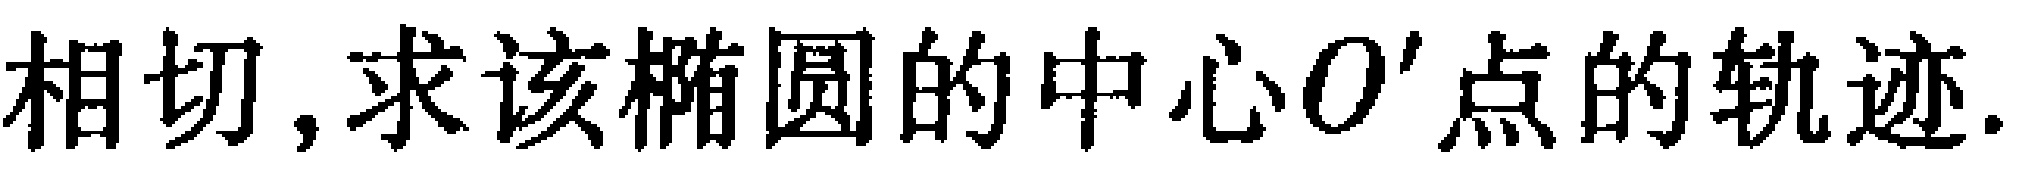
相切,求该椭圆的中心$O'$点的轨迹.